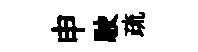
申駛疏